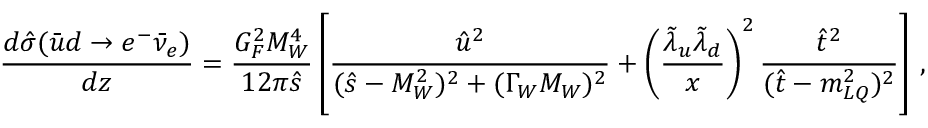
{ \frac { d \hat { \sigma } ( \bar { u } d \to e ^ { - } \bar { \nu } _ { e } ) } { d z } } = { \frac { G _ { F } ^ { 2 } M _ { W } ^ { 4 } } { 1 2 \pi \hat { s } } } \left[ { \frac { \hat { u } ^ { 2 } } { ( \hat { s } - M _ { W } ^ { 2 } ) ^ { 2 } + ( \Gamma _ { W } M _ { W } ) ^ { 2 } } } + \left( { \frac { \tilde { \lambda } _ { u } \tilde { \lambda } _ { d } } { x } } \right) ^ { 2 } { \frac { \hat { t } ^ { 2 } } { ( \hat { t } - m _ { L Q } ^ { 2 } ) ^ { 2 } } } \right] \, ,